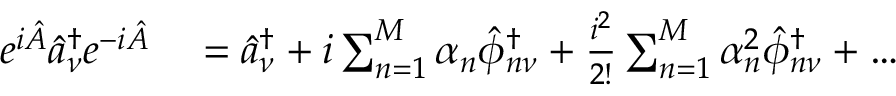
\begin{array} { r l } { e ^ { i \hat { A } } \hat { a } _ { \nu } ^ { \dagger } e ^ { - i \hat { A } } } & { { } = \hat { a } _ { \nu } ^ { \dagger } + i \sum _ { n = 1 } ^ { M } \alpha _ { n } \hat { \phi } _ { n \nu } ^ { \dagger } + \frac { i ^ { 2 } } { 2 ! } \sum _ { n = 1 } ^ { M } \alpha _ { n } ^ { 2 } \hat { \phi } _ { n \nu } ^ { \dagger } + \ldots } \end{array}